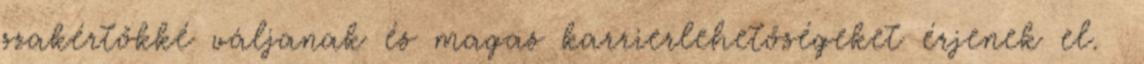
szakértőkké váljanak és magas karrierlehetőségeket érjenek el.